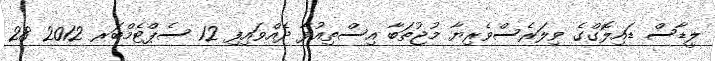
ލީޑާސް ޑައިލޮގްގެ ވިލަރެސްވެރިޔާ މުޖުތަބާ އިސްތިއުފާ ދެއްވައިފި 12 ސެޕްޓެމްބަރ 2012 28